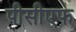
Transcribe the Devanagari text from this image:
पीसीएफ